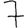
Digit: 7